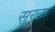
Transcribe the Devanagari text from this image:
सुरक्त